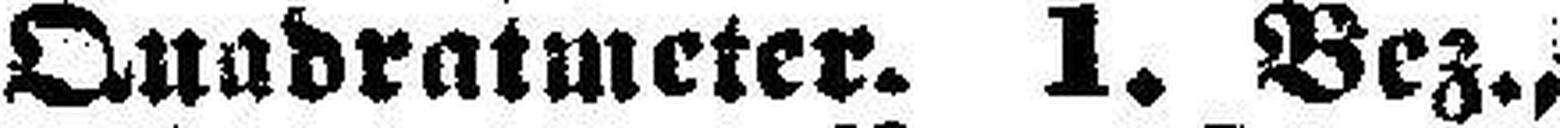
Quadratmeter. 1. Bez.,